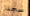
سجناء